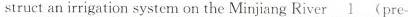
structan irrigation system on the Minjiang River\underline{1} (pre-